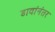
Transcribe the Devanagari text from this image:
डावांनंतर